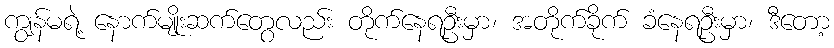
ကျွန်မရဲ့ နောက်မျိုးဆက်တွေလည်း တိုက်နေရဦးမှာ၊ အတိုက်ခိုက် ခံနေရဦးမှာ၊ ဒီတော့